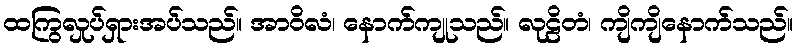
ထကြွလှုပ်ရှားအပ်သည်။ အာဝိလံ၊ နောက်ကျုသည်။ လုဠိတံ၊ ကျိကျိနောက်သည်။